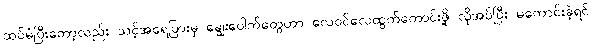
ထပ်မံပြီးတော့လည်း သင့်အရေပြားမှ ချွေးပေါက်တွေဟာ လေဝင်လေထွက်ကောင်းဖို့ လိုအပ်ပြီး မကောင်းခဲ့ရင်